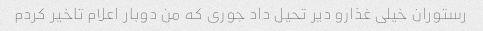
رستوران خیلی غذارو دیر تحیل داد جوری که من دوبار اعلام تاخیر کردم